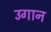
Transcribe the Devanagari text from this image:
उगान